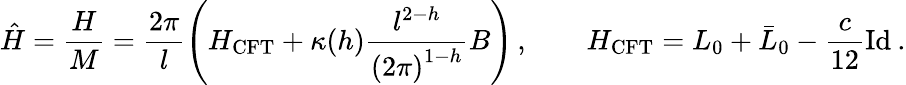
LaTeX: {\hat{H}}=\frac{H}{M}=\frac{2\pi}{l}\left(H_{\mathrm{CFT}}+\kappa(h)\frac{l^{2-h}}{\left(2\pi\right)^{1-h}}B\right)\, ,\qquad H_{\mathrm{CFT}}=L_{0}+\bar{L}_{0}-\frac{c}{12}{\mathrm{Id}}\: .